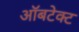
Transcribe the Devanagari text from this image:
ऑबटेक्ट